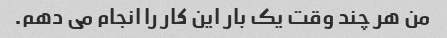
من هر چند وقت یک بار این کار را انجام می دهم.